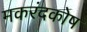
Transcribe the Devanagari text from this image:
मकरंदकोष